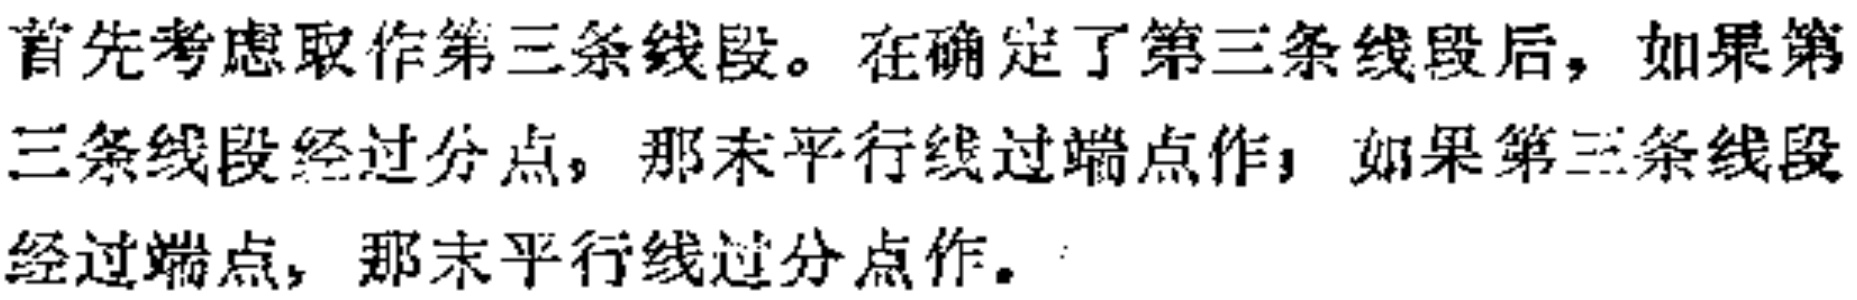
首先考虑取作第三条线段。在确定了第三条线段后，如果第三条线段经过分点，那末平行线过端点作；如果第三条线段经过端点，那末平行线过分点作。